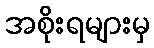
အစိုးရများမှ